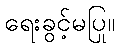
ရေးခွင့်မပြု။